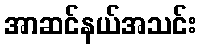
အာဆင်နယ်အသင်း